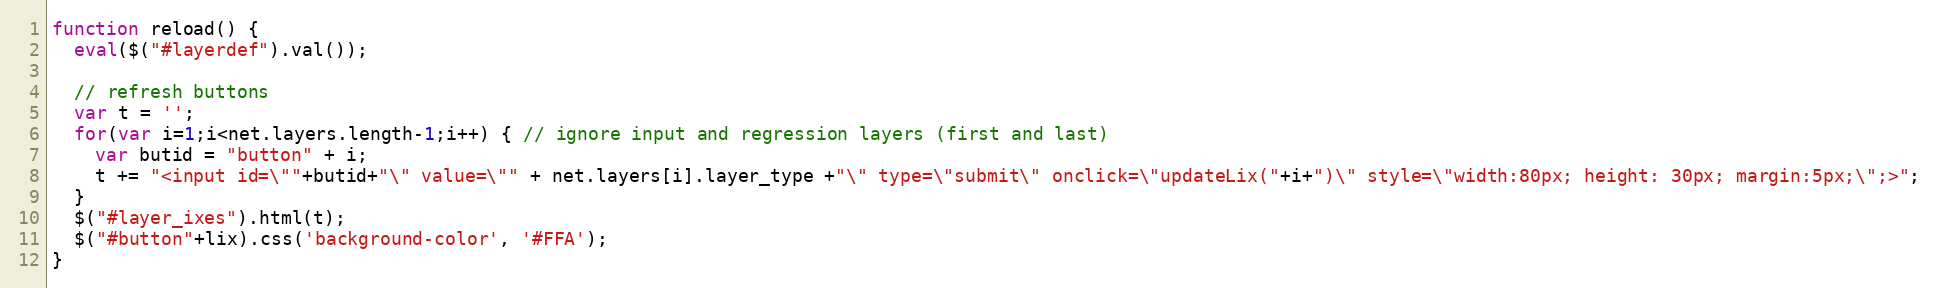
Language: JavaScript
function reload() {
  eval($("#layerdef").val());

  // refresh buttons
  var t = '';
  for(var i=1;i<net.layers.length-1;i++) { // ignore input and regression layers (first and last)
    var butid = "button" + i;
    t += "<input id=\""+butid+"\" value=\"" + net.layers[i].layer_type +"\" type=\"submit\" onclick=\"updateLix("+i+")\" style=\"width:80px; height: 30px; margin:5px;\";>";
  }
  $("#layer_ixes").html(t);
  $("#button"+lix).css('background-color', '#FFA');
}